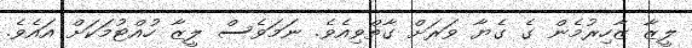
ލީޒާ ޒާހިރުމެން ގެ ގެޔާ ވަރަށް ގާތްވިއެވެ. ނަމަވެސް ލީޒާ ހުއްޓުމަކަށް އައެވެ.